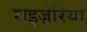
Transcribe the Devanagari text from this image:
राइज़ेरिया